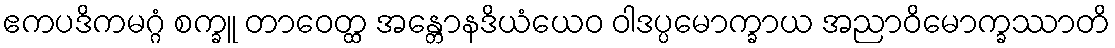
ဧကပဒိကမဂ္ဂံ စက္ခူ တာဝေတ္ထ အန္တောနဒိယံယေဝ ဝါဒပ္ပမောက္ခာယ အညာဝိမောက္ခဿာတိ